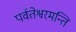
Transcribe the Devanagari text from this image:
पर्वतेश्वरमन्ति